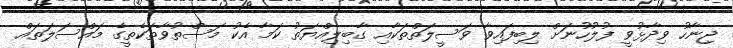
ޖިނާހު ވިދާޅުވީ ފުލުހުނަށް ލިބިފައިވާ ވަސީލަތްތަކާއި ގާބިލިއްޔަތު ކަމާ އެކު މަސްތުވާތަކެތީގެ މައްސަލަތައް